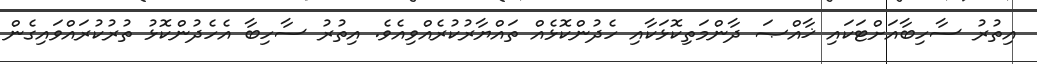
އިތުރު ސާހިބާއަށްޓަކައި ޚާއްޞަ ދާންމަތިކޮޅަކާއި ހެދުންކޮޅެއް ތައްޔާރުކުރެއްވިއެވެ. އިތުރު ސާހިބާ އެހެދުންކޮޅު ތުރުކުރައްވައިގެން